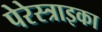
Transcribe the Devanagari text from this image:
पेरेस्त्राइका